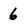
Character: 6